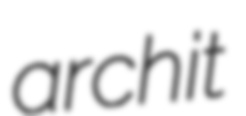
archit